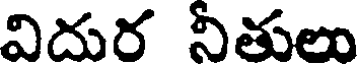
విదుర నితులు